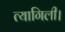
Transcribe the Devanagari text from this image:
त्यागिली।